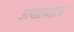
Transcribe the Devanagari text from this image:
आयडलवाइल्ड